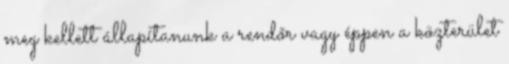
meg kellett állapítanunk a rendőr vagy éppen a közterület